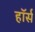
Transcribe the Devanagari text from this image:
हाॅर्स